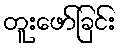
တူးဖော်ခြင်း